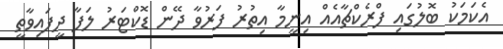
އެކަމަކު ބޮލުގައި ފްރެކްޗާއެއް އިނީމާ އިތުރު ފަރުވާ ދޭން ޑޮކްޓަރު ލަފާ ދީފައިވާތީ